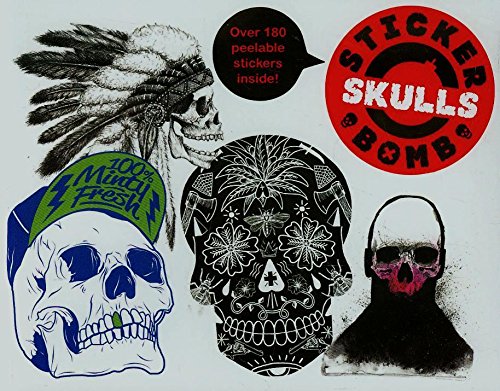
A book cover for Stickerbomb Skulls; Arts & Photography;